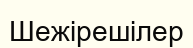
Шежірешілер